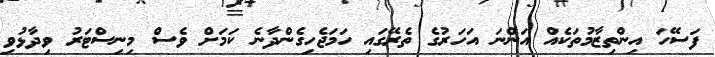
ފަސޭހަ އިންތިޒާމުތަކެއް އަންނަ އަހަރުގެ ތެރޭގައި ހަމަޖެހިގެންދާނެ ކަމަށް ވެސް މިނިސްޓަރު ވިދާޅުވި